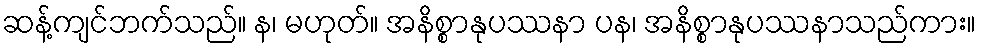
ဆန့်ကျင်ဘက်သည်။ န၊ မဟုတ်။ အနိစ္စာနုပဿနာ ပန၊ အနိစ္စာနုပဿနာသည်ကား။